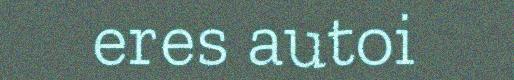
eres autoi